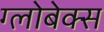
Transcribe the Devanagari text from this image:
ग्लोबेक्स